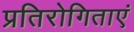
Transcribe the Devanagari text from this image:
प्रतिरोगिताएं